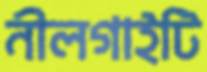
নীলগাইটি